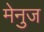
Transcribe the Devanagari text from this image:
मेनुज